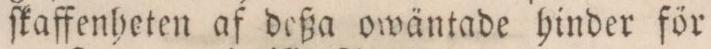
ſkaffenheten af deßa owäntade hinder för